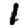
Digit: 1